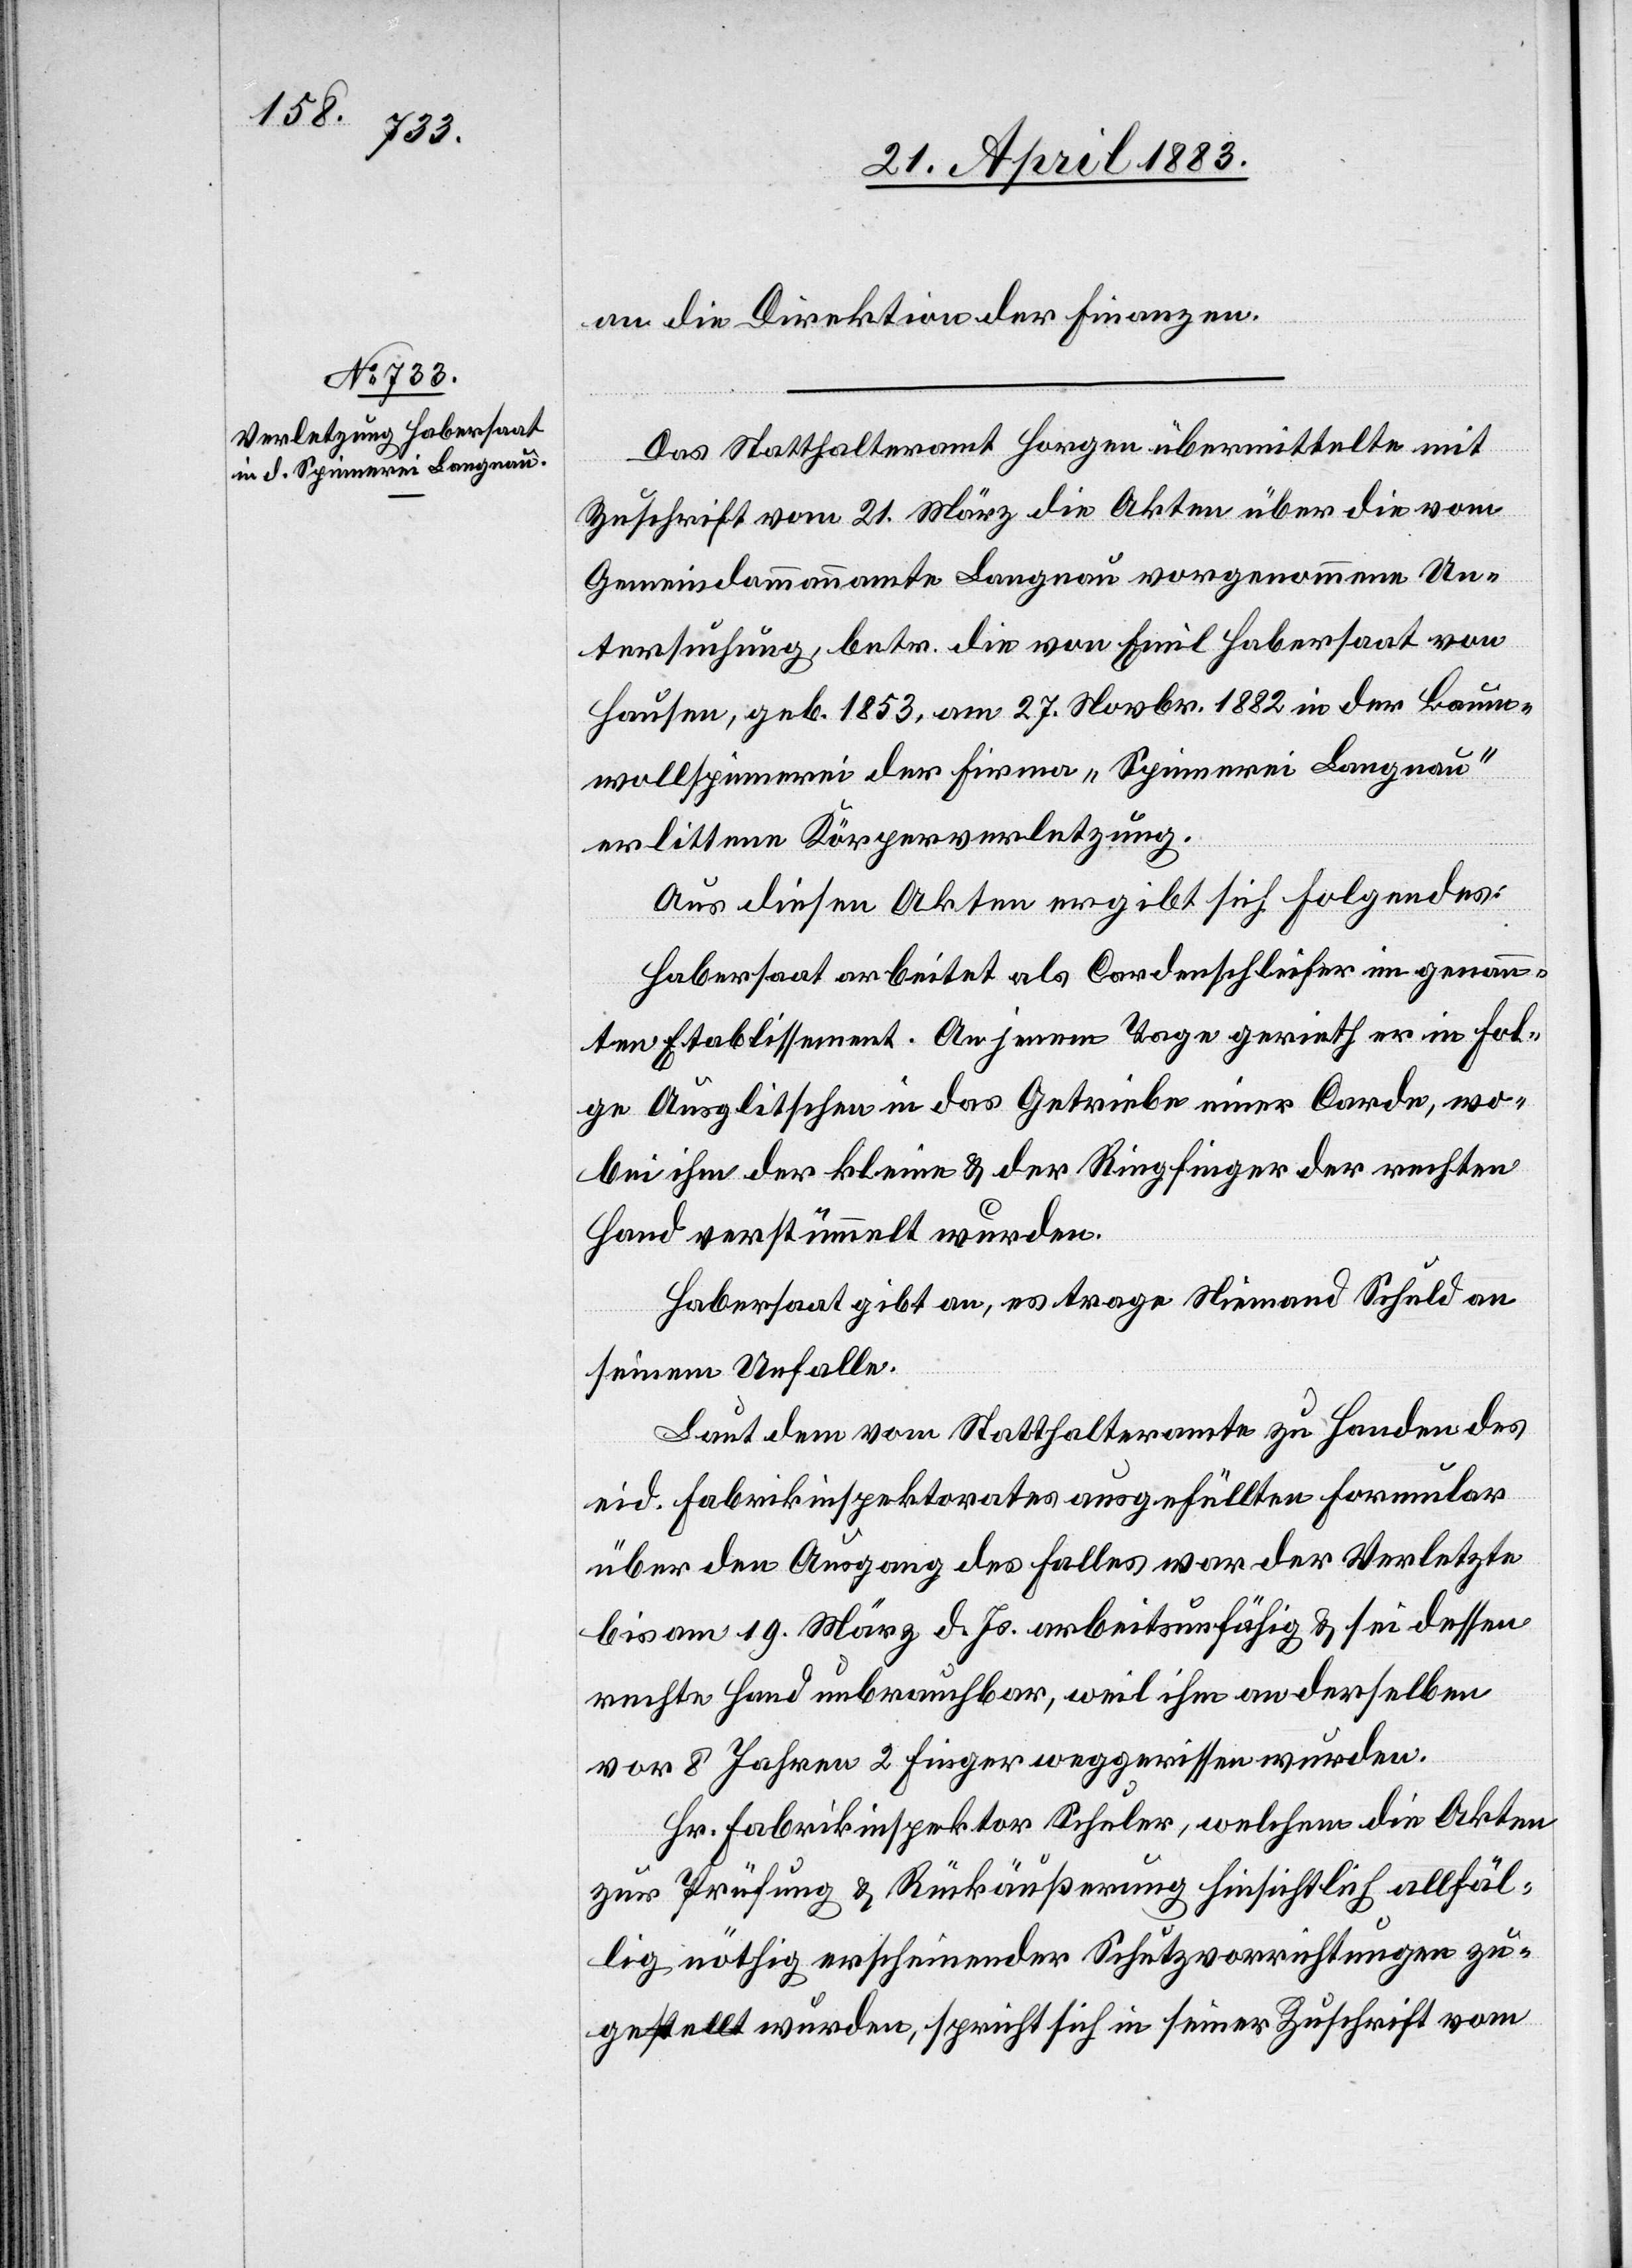
an die Direktion der Finanzen.
Das Statthalteramt Horgen übermittelte mit
Zuschrift vom 21. März die Akten über die vom
Gemeindammannamte Langnau vorgenommene Un¬
tersuchung, betr. die von Emil Habersaat von
Hausen, geb. 1853, am 27. Novbr. 1882 in der Baum¬
wollspinnerei der Firma „Spinnerei Langnau“
erlittene Körperverletzung.
Aus diesen Akten ergibt sich folgendes:
Habersaat arbeitet als Cordenschleifer im genann¬
ten Etablissement. An jenem Tage gerieth er in Fol¬
ge Ausglitschen in das Getriebe einer Corde, wo¬
bei ihm der kleine & der Ringfinger der rechten
Hand verstümmelt wurden.
Habersaat gibt an, es trage Niemand Schuld an
seinem Unfalle.
Laut dem vom Statthalteramte zu Handen des
eid. Fabrikinspektorates ausgefüllten Formular
über den Ausgang des Falles war der Verletzte
bis am 19. März d. Js. arbeitsunfähig & sei dessen
rechte Hand unbrauchbar, weil ihm an derselben
vor 8 Jahren 2 Finger weggerrissen wurden.
Hr. Fabrikinspektor Schuler, welchem die Akten
zur Prüfung & Rückäußerung hinsichtlich allfäl¬
lig nöthig erscheinender Schutzvorrichtungen zu¬
gestellt wurden, spricht sich in seiner Zuschrift vom